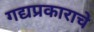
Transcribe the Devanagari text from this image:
गद्यप्रकाराचे